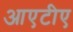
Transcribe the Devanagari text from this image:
आएटीए